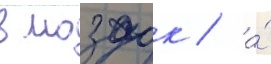
в моздок / а́